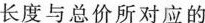
长度与总价所对应的